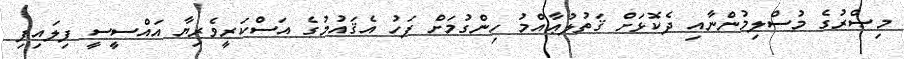
މިޞްރުގެ މުސްލިމުންނާއި ދެކޮޅަށް ޤަތުލުޢާއްމު ހިންގުމަށް ފަހު އެޤައުމުގެ އަސްކަރީވެރިޔާ އައްސީސީ ފިލައިފި